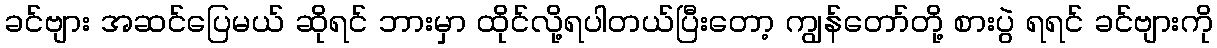
ခင်ဗျား အဆင်ပြေမယ် ဆိုရင် ဘားမှာ ထိုင်လို့ရပါတယ်ပြီးတော့ ကျွန်တော်တို့ စားပွဲ ရရင် ခင်ဗျားကို